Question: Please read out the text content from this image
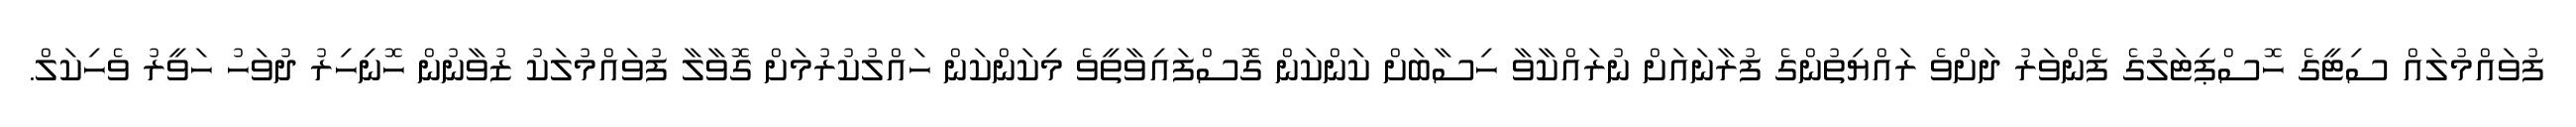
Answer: ފުވައްމުލައް ސިޓީގެ ހޮސްޕިޓަލުގެ ފެންވަރު ދަށްވެ ރައްޔިތުންގެ ފުރާނައަށް ނުރައްކާވާ ހިސާބަށް ކަންކަން ގޮސްފައިވާތީވެ މިކަންކަން ހައްލުކުރުމަށް ގޮވާލާ ފުވައްމުލަކު ޒުވާނުން ހޮނިހިރު ދުވަހު ހަވީރު ވެހިކަލް.